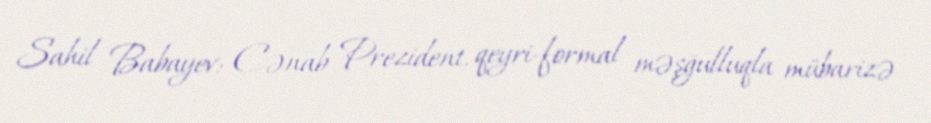
Sahil Babayev: Cənab Prezident, qeyri-formal məşğulluqla mübarizə